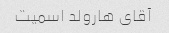
آقای هارولد اسمیت